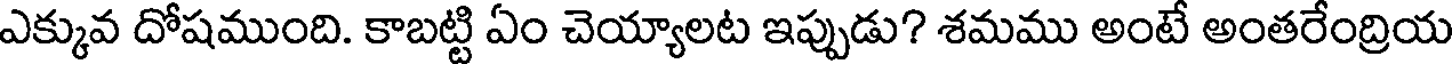
ఎక్కువ దోషముంది. కాబట్టి ఏం చెయ్యాలట ఇప్పుడు? శమము అంటే అంతరేంద్రియ